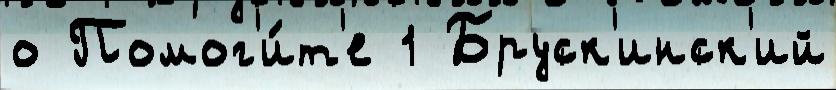
о Помог'и́т'е 1 Бруск'инск'ий